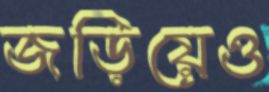
জড়িয়েও